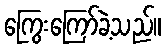
ကြွေးကြော်ခဲ့သည်။